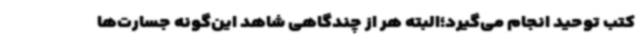
کتب توحید انجام می‌گیرد؛البته هر از چندگاهی شاهد این‌گونه جسارت‌ها